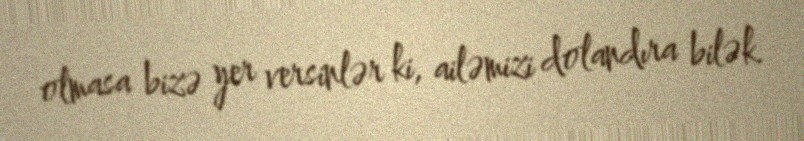
olmasa bizə yer versinlər ki, ailəmizi dolandıra bilək.